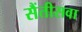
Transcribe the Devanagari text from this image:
सैंतीसवा